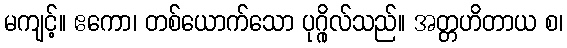
မကျင့်။ ဧကော၊ တစ်ယောက်သော ပုဂ္ဂိုလ်သည်။ အတ္တဟိတာယ စ၊